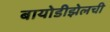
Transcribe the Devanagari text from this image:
बायोडीझेलची